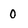
Character: 0